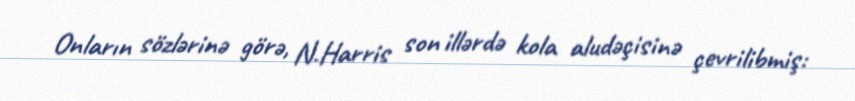
Onların sözlərinə görə, N.Harris son illərdə kola aludəçisinə çevrilibmiş: